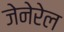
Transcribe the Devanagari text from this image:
जेनेरेल